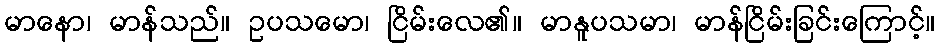
မာနော၊ မာန်သည်။ ဥပသမော၊ ငြိမ်းလေ၏။ မာနူပသမာ၊ မာန်ငြိမ်းခြင်းကြောင့်။